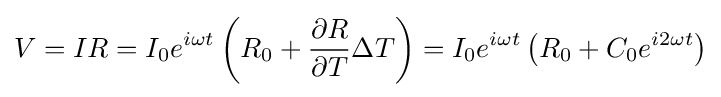
V=IR=I_{0}e^{i\omega t}\left(R_{0}+{\frac {\partial R}{\partial T}}\Delta T\right)=I_{0}e^{i\omega t}\left(R_{0}+C_{0}e^{i2\omega t}\right)